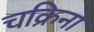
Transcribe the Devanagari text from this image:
चक्रिनो